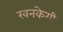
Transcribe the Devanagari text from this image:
खनकेगी